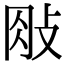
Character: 𢼱